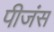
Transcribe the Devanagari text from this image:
पीजंस